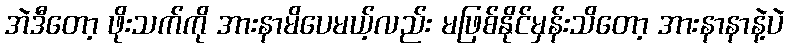
အဲဒီတော့ ဖိုးသက်ကို အားနာမိပေမယ့်လည်း မဖြစ်နိုင်မှန်းသိတော့ အားနာနာနဲ့ပဲ